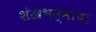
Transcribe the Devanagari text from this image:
शंखभस्माचा